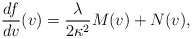
\begin{align*} \frac{df}{dv}(v)=\frac{\lambda}{2\kappa^2}M(v)+N(v),\end{align*}